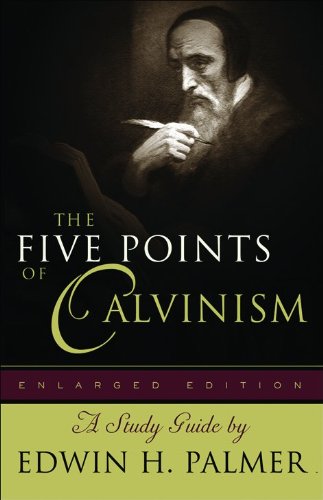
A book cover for Five Points of Calvinism, The; Edwin H. Palmer; Christian Books & Bibles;